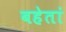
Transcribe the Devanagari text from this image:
बहेतां